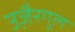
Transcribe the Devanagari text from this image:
उजै़रगुल